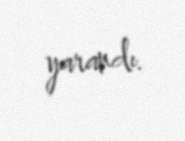
yarandı.